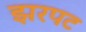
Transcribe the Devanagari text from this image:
झरपट